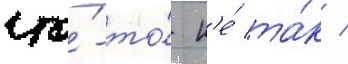
что́-то́ н'е́ та́к /